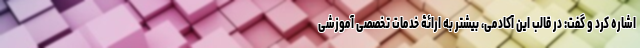
اشاره کرد و گفت: در قالب این آکادمی، بیشتر به ارائۀ خدمات تخصصی آموزشی